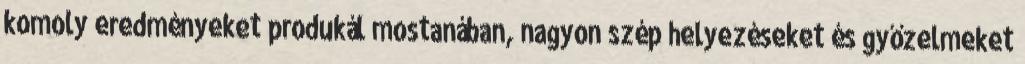
komoly eredményeket produkál mostanában, nagyon szép helyezéseket és győzelmeket